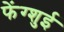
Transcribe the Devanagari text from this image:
फेंग्शुई